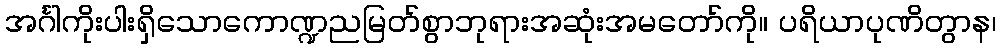
အင်္ဂါကိုးပါးရှိသောကောဏ္ဍညမြတ်စွာဘုရားအဆုံးအမတော်ကို။ ပရိယာပုဏိတွာန၊